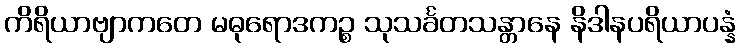
ကိရိယာဗျာကတေ မဓုရောဒကဉ္စ သုသင်္ခတသန္တာနေ နိဒါနပရိယာပန္နံ